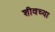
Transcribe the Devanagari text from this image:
शीवच्या